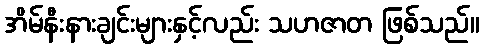
အိမ်နီးနားချင်းများနှင့်လည်း သဟဇာတ ဖြစ်သည်။